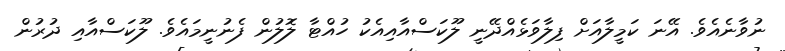
ނުވާނެއެވެ. އޭނަ ކަމީލާއަށް ފިލާވަޅެއްދޭނީ ލޫކަސްއާއިއެކު ހުއްޓާ ލޮލުން ފެނުނީމައެވެ. ލޫކަސްއާއި ދުރުން